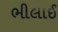
ભીલાઈ